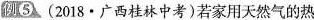
例5 (2018 · 广西桂林中考)若家用天然气的热